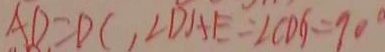
A D = D C , \angle D A E = \angle C D G = 9 0 ^ { \circ }